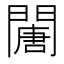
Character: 𨶈